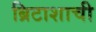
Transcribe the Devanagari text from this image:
ब्रिटाशाची